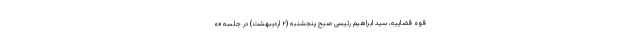
قوه قضاییه، سید ابراهیم رئیسی صبح پنجشنبه (۲ اردیبهشت) در جلسه «ه